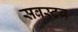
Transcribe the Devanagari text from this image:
सबस्टब